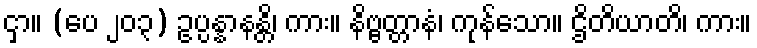
ငှာ။ (ပေ ၂၀၃) ဥပ္ပန္နာနန္တိ၊ ကား။ နိဗ္ဗတ္တာနံ၊ ကုန်သော။ ဌိတိယာတိ၊ ကား။